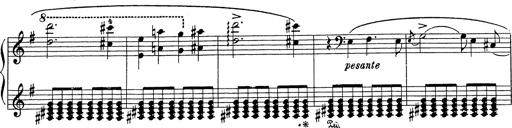
Title: Grosses Konzertsolo
Composer: Franz Liszt